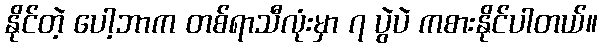
နိုင်တဲ့ ပေါ့ဘာက တစ်ရာသီလုံးမှာ ၇ ပွဲပဲ ကစားနိုင်ပါတယ်။